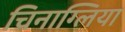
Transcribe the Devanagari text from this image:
चिनाग्लिया